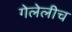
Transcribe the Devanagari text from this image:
गेलेलीच